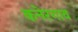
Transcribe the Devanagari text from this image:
कनेरगाव